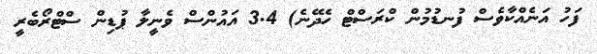
ފަހު އަނެއްކާވެސް ފުނޑުމުން ކްރަސްޓް ހެދޭނެ) 3.4 އައުންސް ވެނީލާ ޕުޑިން ސްޓްރޯބެރީ